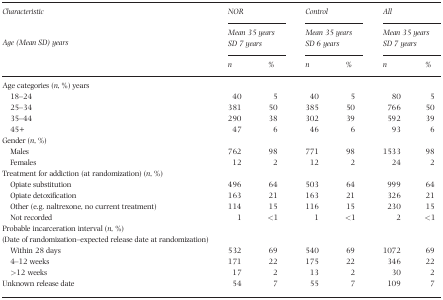
| Characteristic | <COLSPAN=2> NOR | <COLSPAN=2> Control | <COLSPAN=2> All |
 | Age (Mean SD) years | <COLSPAN=2> Mean 35 yearsSD 7 years | <COLSPAN=2> Mean 35 yearsSD 6 years | <COLSPAN=2> Mean 35 yearsSD 7 years |
 |  | n | % | n | % | n | % |
 | --- | --- | --- | --- | --- | --- | --- |
 | Age categories (n, %) years |  |  |  |  |  |  |
 | 18–24 | 40 | 5 | 40 | 5 | 80 | 5 |
 | 25–34 | 381 | 50 | 385 | 50 | 766 | 50 |
 | 35–44 | 290 | 38 | 302 | 39 | 592 | 39 |
 | 45+ | 47 | 6 | 46 | 6 | 93 | 6 |
 | Gender (n, %) |  |  |  |  |  |  |
 | Males | 762 | 98 | 771 | 98 | 1533 | 98 |
 | Females | 12 | 2 | 12 | 2 | 24 | 2 |
 | Treatment for addiction (at randomization) (n, %) |  |  |  |  |  |  |
 | Opiate substitution | 496 | 64 | 503 | 64 | 999 | 64 |
 | Opiate detoxification | 163 | 21 | 163 | 21 | 326 | 21 |
 | Other (e.g. naltrexone, no current treatment) | 114 | 15 | 116 | 15 | 230 | 15 |
 | Not recorded | 1 | <1 | 1 | <1 | 2 | <1 |
 | Probable incarceration interval (n, %) |  |  |  |  |  |  |
 | (Date of randomization–expected release date at randomization) |  |  |  |  |  |  |
 | Within 28 days | 532 | 69 | 540 | 69 | 1072 | 69 |
 | 4–12 weeks | 171 | 22 | 175 | 22 | 346 | 22 |
 | >12 weeks | 17 | 2 | 13 | 2 | 30 | 2 |
 | Unknown release date | 54 | 7 | 55 | 7 | 109 | 7 |